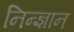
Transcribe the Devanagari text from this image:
निन्ज्ञान